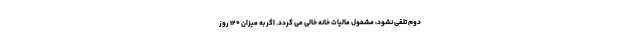
دوم تلقی نشود، مشمول مالیات خانه خالی می گردد. اگر به میزان ۱۲۰ روز